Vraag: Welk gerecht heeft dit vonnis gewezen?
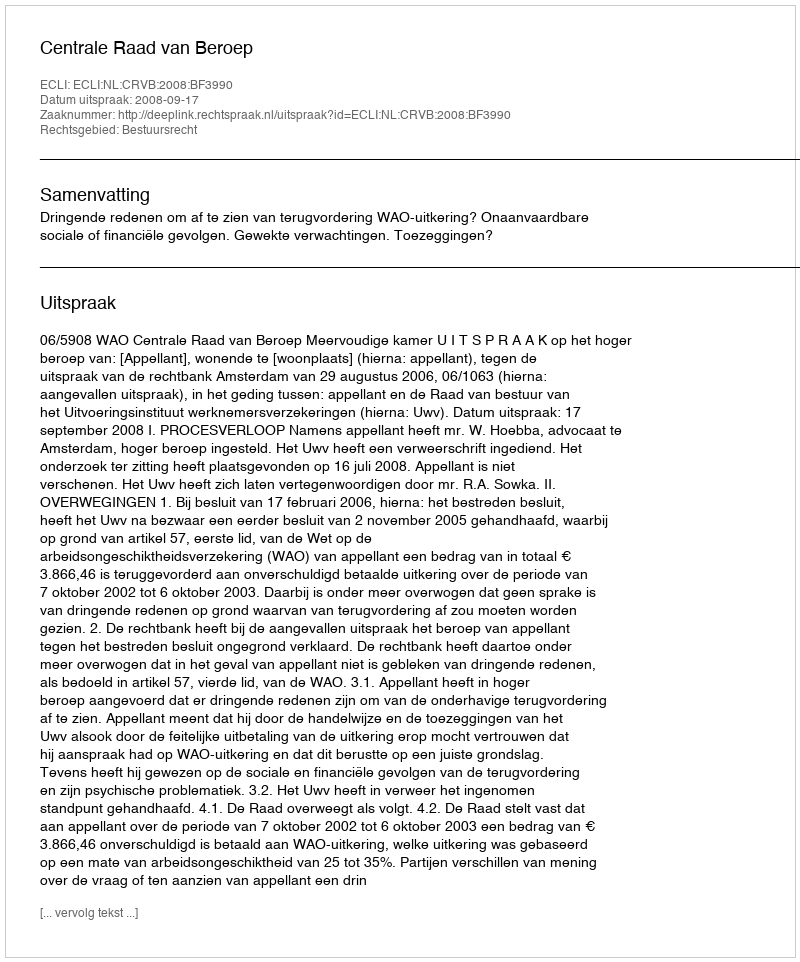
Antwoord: Centrale Raad van Beroep